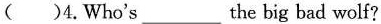
( )4.Who's ____the big bad wolf?